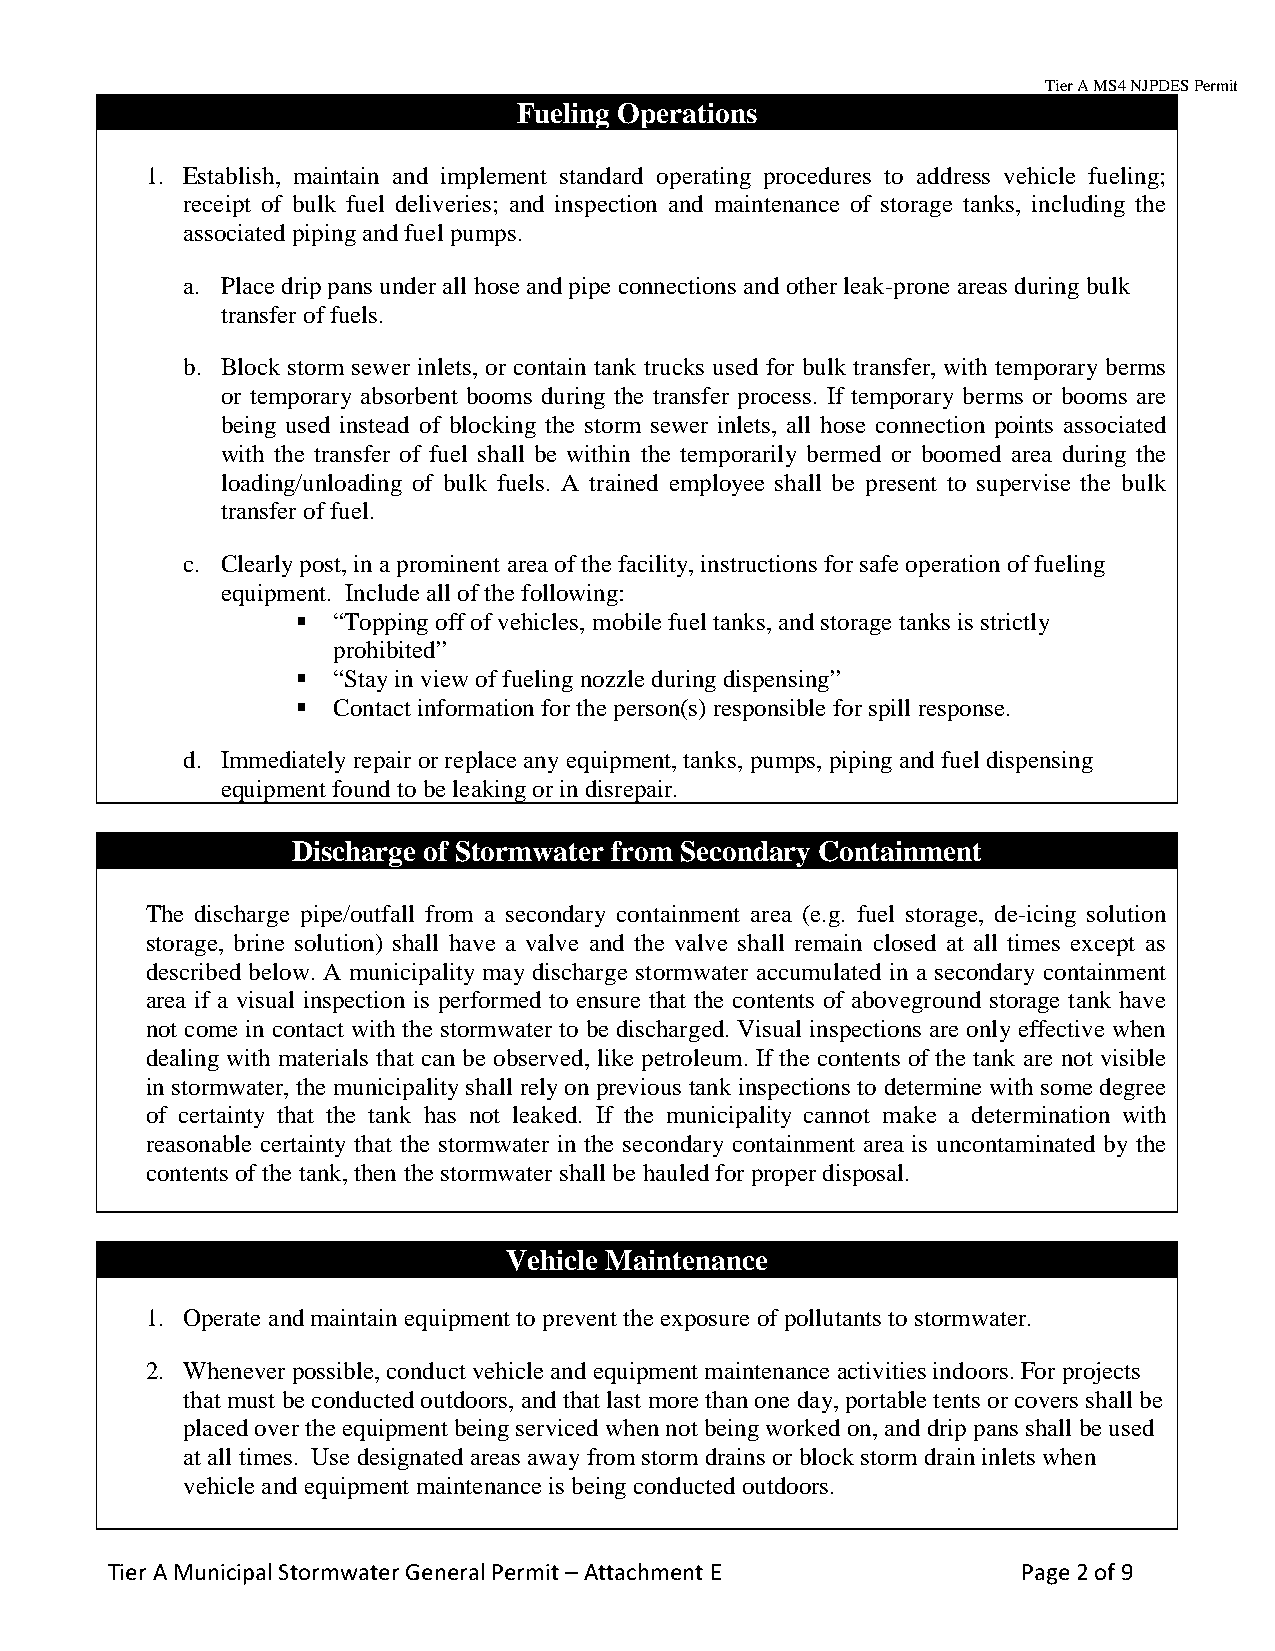
Tier A MS4 NJPDES Permit
 Fueling Operations
 1. Establish, maintain and implement standard operating procedures to address vehicle fueling;
 receipt of bulk fuel deliveries; and inspection and maintenance of storage tanks, including the
 associated piping and fuel pumps.
 a. Place drip pans under all hose and pipe connections and other leak-prone areas during bulk
 transfer of fuels.
 b. Block storm sewer inlets, or contain tank trucks used for bulk transfer, with temporary berms
 or temporary absorbent booms during the transfer process. If temporary berms or booms are
 being used instead of blocking the storm sewer inlets, all hose connection points associated
 with the transfer of fuel shall be within the temporarily bermed or boomed area during the
 loading/unloading of bulk fuels. A trained employee shall be present to supervise the bulk
 transfer of fuel.
 c. Clearly post, in a prominent area of the facility, instructions for safe operation of fueling
 equipment. Include all of the following:
  “Topping off of vehicles, mobile fuel tanks, and storage tanks is strictly
 prohibited”
  “Stay in view of fueling nozzle during dispensing”
  Contact information for the person(s) responsible for spill response.
 d. Immediately repair or replace any equipment, tanks, pumps, piping and fuel dispensing
 equipment found to be leaking or in disrepair.
 Discharge of Stormwater from Secondary Containment
 The discharge pipe/outfall from a secondary containment area (e.g. fuel storage, de-icing solution
 storage, brine solution) shall have a valve and the valve shall remain closed at all times except as
 described below. A municipality may discharge stormwater accumulated in a secondary containment
 area if a visual inspection is performed to ensure that the contents of aboveground storage tank have
 not come in contact with the stormwater to be discharged. Visual inspections are only effective when
 dealing with materials that can be observed, like petroleum. If the contents of the tank are not visible
 in stormwater, the municipality shall rely on previous tank inspections to determine with some degree
 of certainty that the tank has not leaked. If the municipality cannot make a determination with
 reasonable certainty that the stormwater in the secondary containment area is uncontaminated by the
 contents of the tank, then the stormwater shall be hauled for proper disposal.
 Vehicle Maintenance
 1. Operate and maintain equipment to prevent the exposure of pollutants to stormwater.
 2. Whenever possible, conduct vehicle and equipment maintenance activities indoors. For projects
 that must be conducted outdoors, and that last more than one day, portable tents or covers shall be
 placed over the equipment being serviced when not being worked on, and drip pans shall be used
 at all times. Use designated areas away from storm drains or block storm drain inlets when
 vehicle and equipment maintenance is being conducted outdoors.
 Tier A Municipal Stormwater General Permit – Attachment E    Page 2 of 9